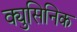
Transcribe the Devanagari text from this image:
क्युसिनिक